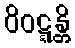
ဝိဝဋ္ဋန္တိ